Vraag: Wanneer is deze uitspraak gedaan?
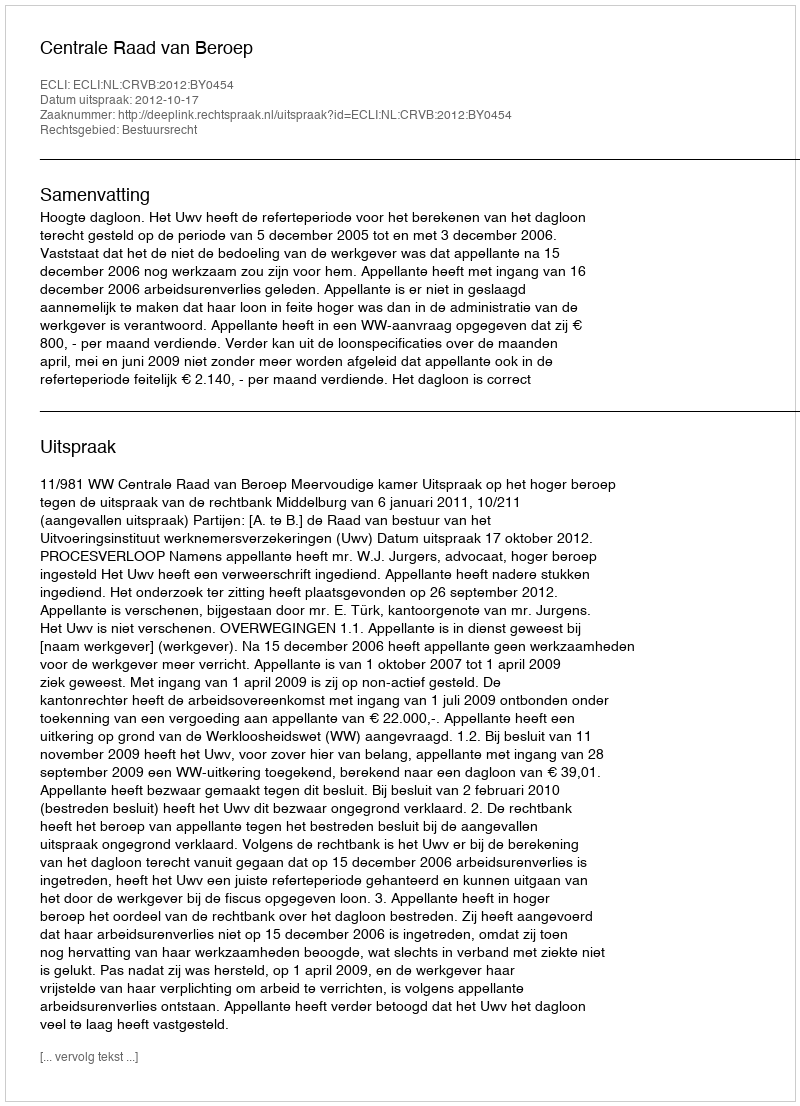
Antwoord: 2012-10-17